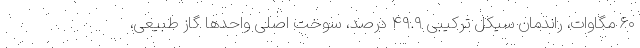
۶۰ مگاوات، راندمان سیکل ترکیبی ۴۹.۹ درصد، سوخت اصلی واحدها گاز طبیعی،